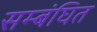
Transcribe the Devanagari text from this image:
सम्बंघित